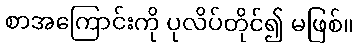
စာအကြောင်းကို ပုလိပ်တိုင်၍ မဖြစ်။